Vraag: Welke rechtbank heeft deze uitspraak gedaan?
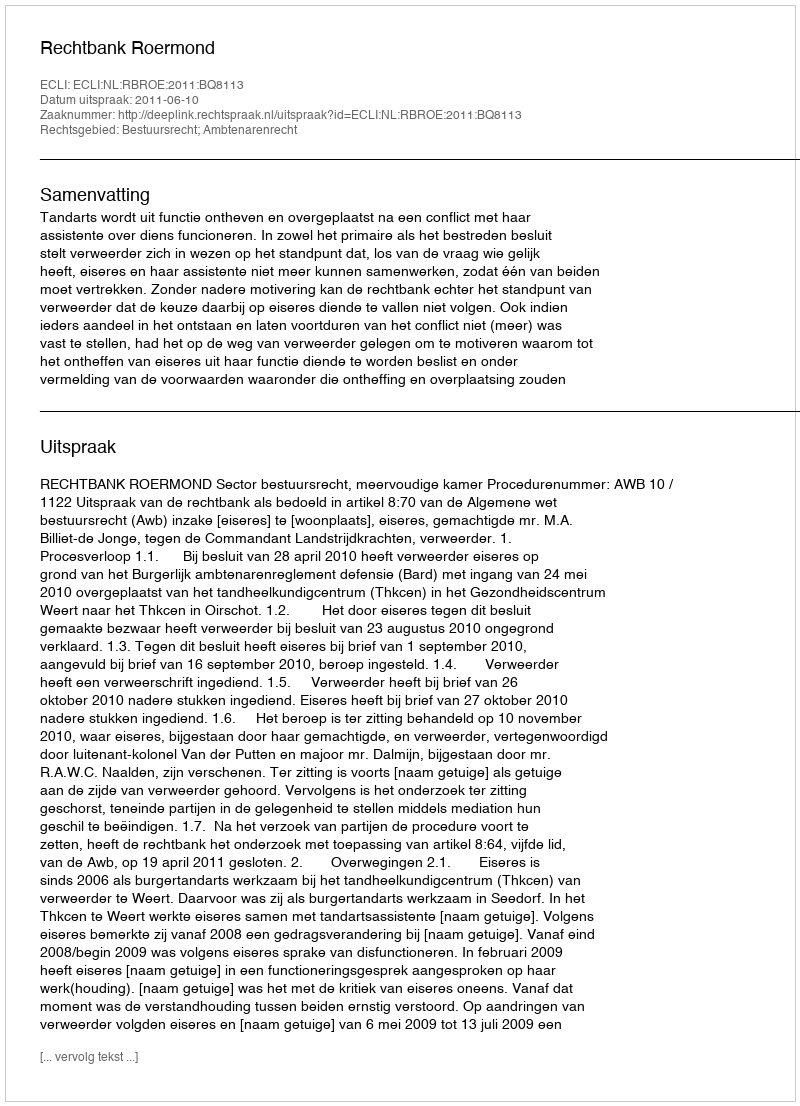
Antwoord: Rechtbank Roermond